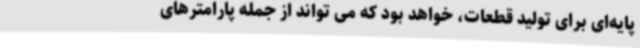
پایه‌ای برای تولید قطعات، خواهد بود که می تواند از جمله پارامترهای